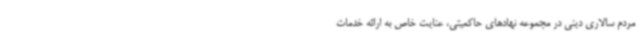
مردم سالاری دینی در مجموعه نهادهای حاکمیتی، عنایت خاص به ارائه خدمات